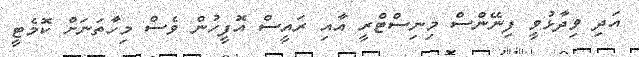
އަދި ވިދާޅުވީ ފިނޭންސް މިނިސްޓްރީ އާއި ރައީސް އޮފީހުން ވެސް މިހާތަނަށް ކޮމެޓީ